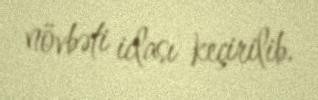
növbəti iclası keçirilib.